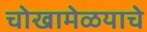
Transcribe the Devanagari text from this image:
चोखामेळयाचे